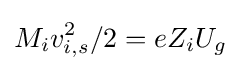
M_{i}v_{i,s}^{2}/2=eZ_{i}U_{g}